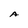
Character: A